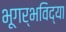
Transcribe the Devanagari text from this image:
भूगर्भविद्या